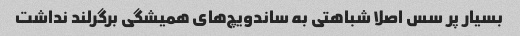
بسیار پر سس اصلا شباهتی به ساندویچ‌های همیشگی برگرلند نداشت